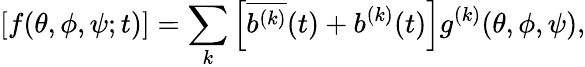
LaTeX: [f(\theta,\phi,\psi;t)]=\sum_{k}\left[\overline{{{b^{(k)}}}}(t)+b^{(k)}(t)\right]g^{(k)}(\theta,\phi,\psi),